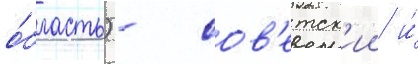
о́бласть) - сов'етск'ии и́